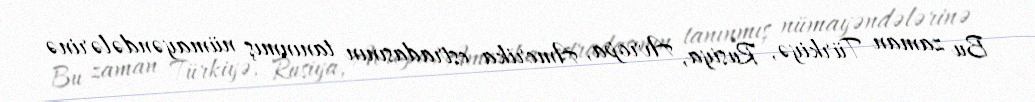
Bu zaman Türkiyə, Rusiya, Avropa, Amerika estradasının tanınmış nümayəndələrinə